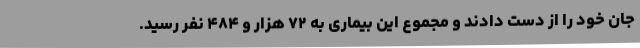
جان خود را از دست دادند و مجموع این بیماری به ۷۲ هزار و ۴۸۴ نفر رسید.